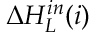
\Delta H _ { L } ^ { i n } ( i )